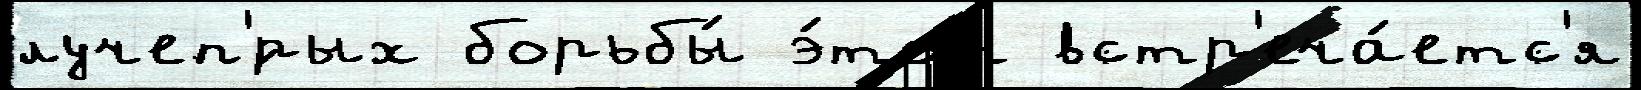
лучеп'́рых борьбы́ э́тот встр'еча́етс'я